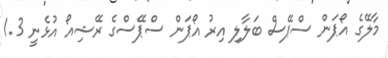
މާލޭގެ އޯޕަން ސްޕޭސް ބަލާލި އިރު އޯޕަން ސްޕޭސްގެ ރޭޝިއޯ އުޅެނީ 1.3